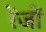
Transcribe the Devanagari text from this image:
रेंजों